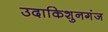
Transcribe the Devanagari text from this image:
उदाकिशुनगंज